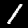
Label: 1